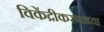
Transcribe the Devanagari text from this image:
विकेंद्रीकरणाच्या